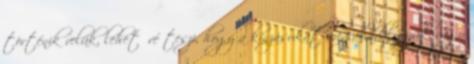
történik velük, lehetővé teszi, hogy a kínzásukat megakadályozzuk, vagy